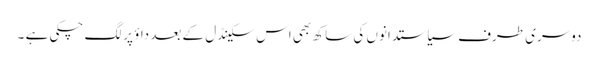
دوسری طرف سیاستدانوں کی ساکھ بھی اس سکینڈل کے بعد داؤ پر لگ چکی ہے ۔